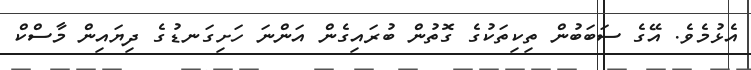
އެޅުމެވެ. އޭގެ ސަބަބުން ތިކިތަކުގެ ގޮތުން ބުރައިގެން އަންނަ ހަށިގަނޑުގެ ދިޔައިން މާސްކް